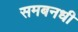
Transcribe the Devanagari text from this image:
समबनधी